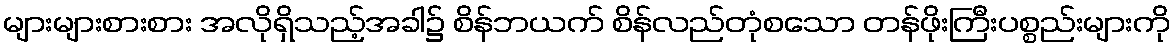
များများစားစား အလိုရှိသည့်အခါ၌ စိန်ဘယက် စိန်လည်တုံစသော တန်ဖိုးကြီးပစ္စည်းများကို